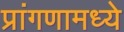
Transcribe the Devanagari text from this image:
प्रांगणामध्ये